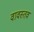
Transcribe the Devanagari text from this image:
वावस्तव